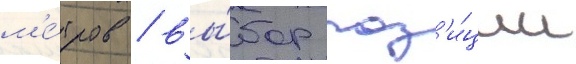
м'е́тров / вы́бор поз'и́ции